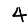
Digit: 4